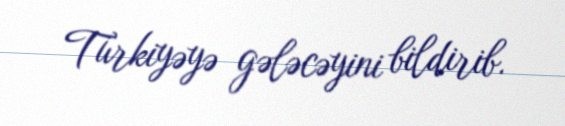
Türkiyəyə gələcəyini bildirib.